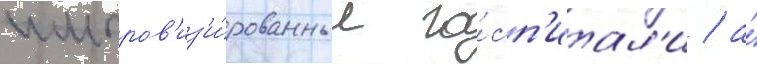
импров'из'и́рованные го́сп'итал'и / а́